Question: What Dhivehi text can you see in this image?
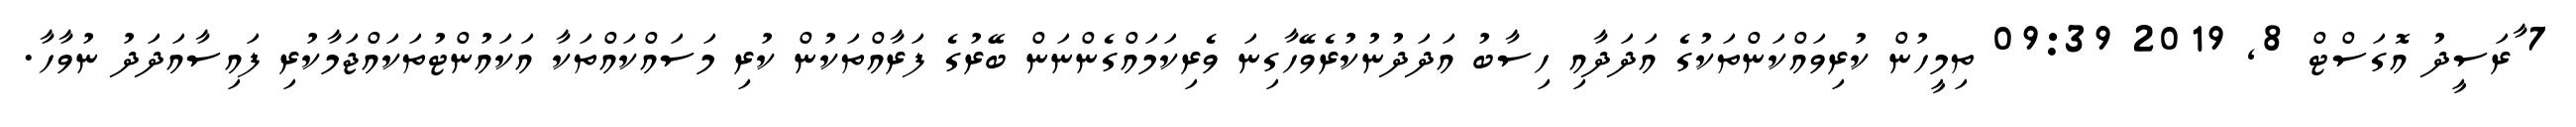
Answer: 7 ާރަސީދު އޮގަސްޓް 8, 2019 09:39 ތިމީހުން ކުރިވައްކަންތަކުގެ އަދަދާއި ހިސާބު އަދަދުނުކުރެވޭހާގިނަ ވެރިކަމައްގެންނަން ބޭރުގެ ފަރާއްތަކުން ކުރި މަސައްކައްތަކާ އަކައުންޓުތަކައްޖަމާކުރި ފައިސާއަދަދު ނުވާހާ.